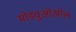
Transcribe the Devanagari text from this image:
मोड्युओओल